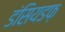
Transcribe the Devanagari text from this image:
डंसियडफ़